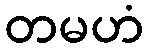
တမဟံ